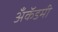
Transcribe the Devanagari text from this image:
अँकॅडमी